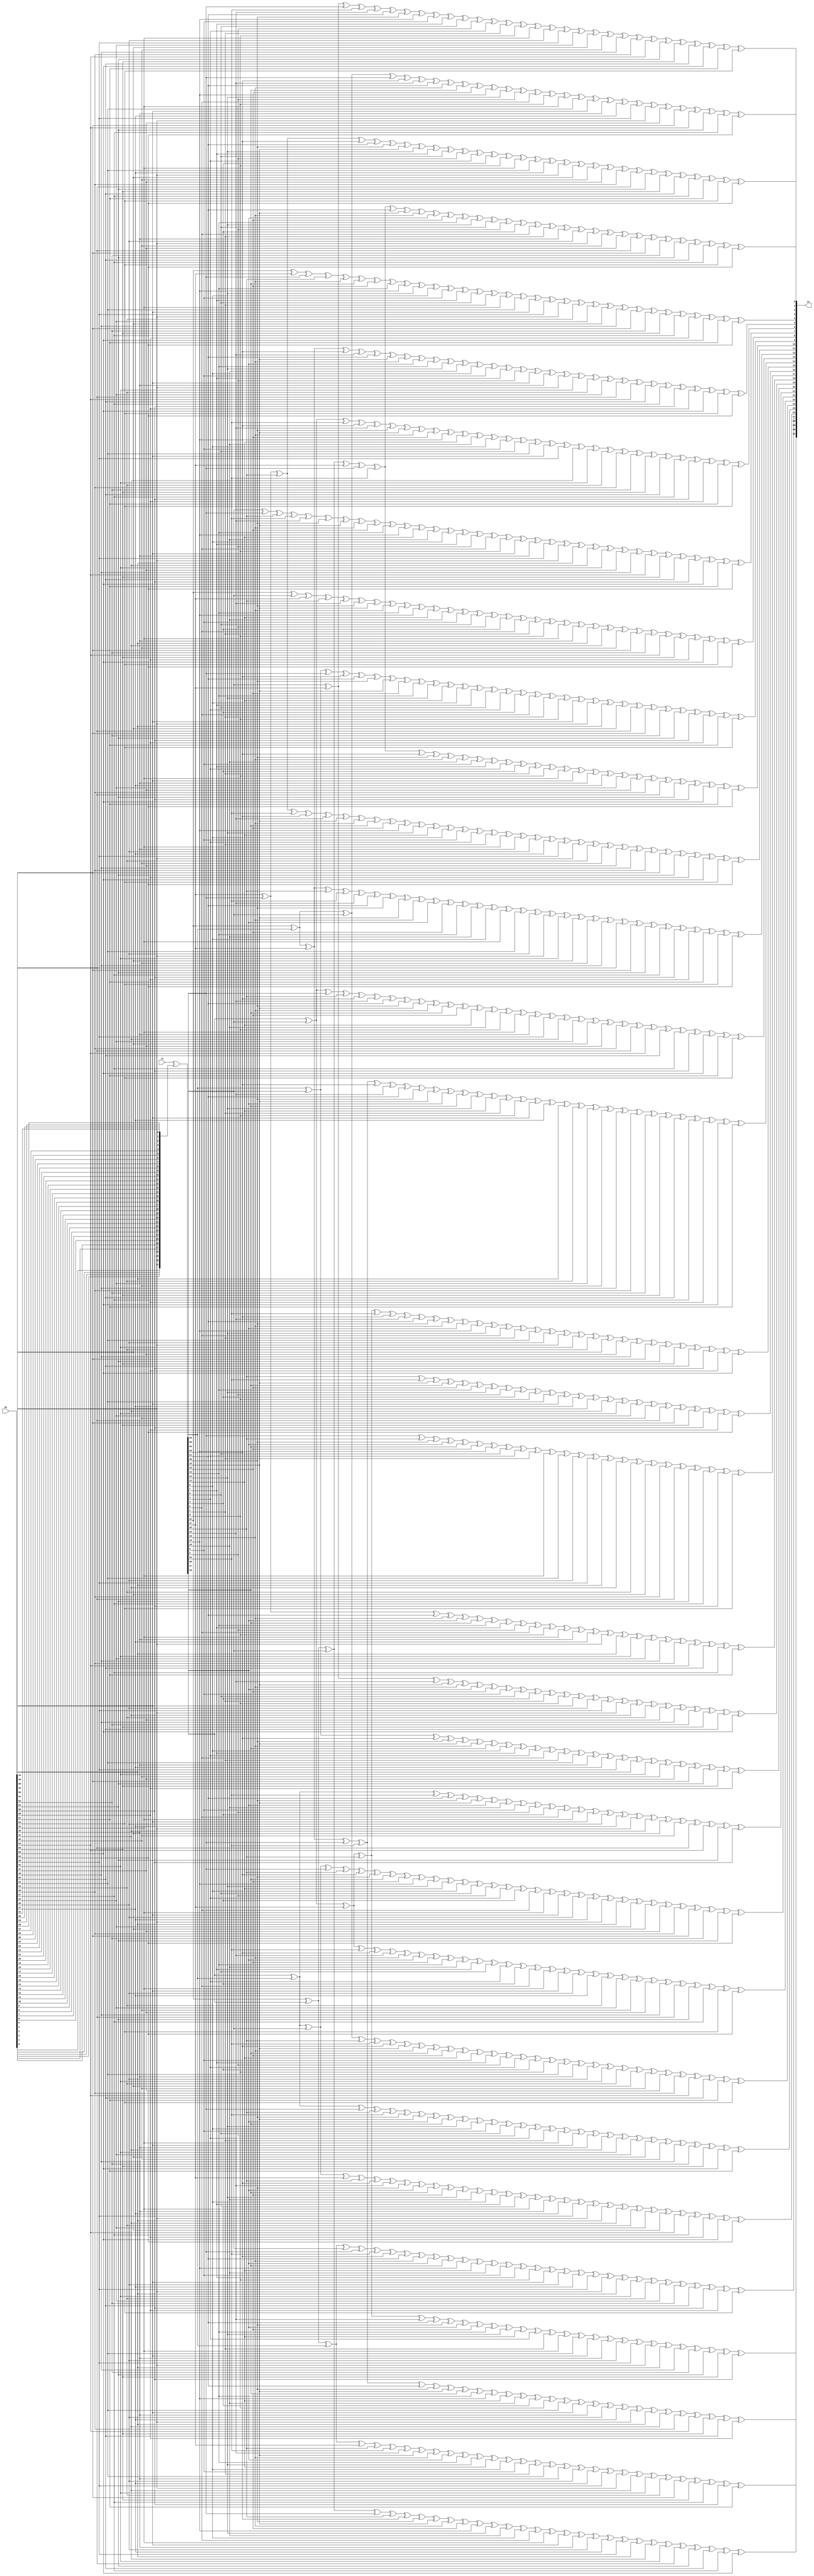
// Description  : .////////////////////////////////////////////////////////////////////////////////

module ippcrc_crc32_64b
    (
     ci,
     di,

     co
     );

////////////////////////////////////////////////////////////////////////////////
// Port declarations
input   [31:0]  ci;
input [63:0]    di;

output [31:0]   co;
    
////////////////////////////////////////////////////////////////////////////////
// Output declarations
wire [31:0]     co;

////////////////////////////////////////////////////////////////////////////////
// Parameter declarations

////////////////////////////////////////////////////////////////////////////////
// Local logic and instantiation
wire [31:0] swdi;
assign      swdi =  {di[0],di[1],di[2],di[3],di[4],di[5],di[6],di[7],di[8],di[9],di[10],di[11],di[12],di[13],di[14],di[15],
                     di[16],di[17],di[18],di[19],di[20],di[21],di[22],di[23],di[24],di[25],di[26],di[27],di[28],di[29],di[30],di[31]};


wire [31:0] dx;
assign      dx   =  ci[31:0]^swdi[31:0];

assign      co[31]=dx[30]^dx[28]^dx[27]^dx[25]^dx[22]^dx[21]^dx[20]^dx[17]^dx[15]^dx[14]^dx[12]^dx[11]^dx[4]^dx[1]^
            di[32]^di[33]^di[34]^di[35]^di[36]^di[38]^di[39]^di[40]^di[48]^di[52]^di[54]^di[55]^di[58];

assign      co[30]=dx[31]^dx[29]^dx[27]^dx[26]^dx[24]^dx[21]^dx[20]^dx[19]^dx[16]^dx[14]^dx[13]^dx[11]^dx[10]^dx[3]^dx[0]^
            di[33]^di[34]^di[35]^di[36]^di[37]^di[39]^di[40]^di[41]^di[49]^di[53]^di[55]^di[56]^di[59];

assign      co[29]=dx[31]^dx[30]^dx[28]^dx[26]^dx[25]^dx[23]^dx[20]^dx[19]^dx[18]^dx[15]^dx[13]^dx[12]^dx[10]^dx[9]^dx[2]^
            di[32]^di[34]^di[35]^di[36]^di[37]^di[38]^di[40]^di[41]^di[42]^di[50]^di[54]^di[56]^di[57]^di[60];

assign      co[28]=dx[31]^dx[30]^dx[29]^dx[27]^dx[25]^dx[24]^dx[22]^dx[19]^dx[18]^dx[17]^dx[14]^dx[12]^dx[11]^dx[9]^dx[8]^dx[1]^
            di[33]^di[35]^di[36]^di[37]^di[38]^di[39]^di[41]^di[42]^di[43]^di[51]^di[55]^di[57]^di[58]^di[61];

assign      co[27]=dx[31]^dx[30]^dx[29]^dx[28]^dx[26]^dx[24]^dx[23]^dx[21]^dx[18]^dx[17]^dx[16]^dx[13]^dx[11]^dx[10]^dx[8]^dx[7]^dx[0]^
            di[34]^di[36]^di[37]^di[38]^di[39]^di[40]^di[42]^di[43]^di[44]^di[52]^di[56]^di[58]^di[59]^di[62];

assign      co[26]=dx[30]^dx[29]^dx[28]^dx[27]^dx[25]^dx[23]^dx[22]^dx[20]^dx[17]^dx[16]^dx[15]^dx[12]^dx[10]^dx[9]^dx[7]^dx[6]^
            di[32]^di[35]^di[37]^di[38]^di[39]^di[40]^di[41]^di[43]^di[44]^di[45]^di[53]^di[57]^di[59]^di[60]^di[63];

assign      co[25]=dx[30]^dx[29]^dx[26]^dx[25]^dx[24]^dx[20]^dx[19]^dx[17]^dx[16]^dx[12]^dx[9]^dx[8]^dx[6]^dx[5]^dx[4]^dx[1]^
            di[32]^di[34]^di[35]^di[41]^di[42]^di[44]^di[45]^di[46]^di[48]^di[52]^di[55]^di[60]^di[61];

assign      co[24]=dx[31]^dx[29]^dx[28]^dx[25]^dx[24]^dx[23]^dx[19]^dx[18]^dx[16]^dx[15]^dx[11]^dx[8]^dx[7]^dx[5]^dx[4]^dx[3]^dx[0]^
            di[33]^di[35]^di[36]^di[42]^di[43]^di[45]^di[46]^di[47]^di[49]^di[53]^di[56]^di[61]^di[62];

assign      co[23]=dx[30]^dx[28]^dx[27]^dx[24]^dx[23]^dx[22]^dx[18]^dx[17]^dx[15]^dx[14]^dx[10]^dx[7]^dx[6]^dx[4]^dx[3]^dx[2]^
            di[32]^di[34]^di[36]^di[37]^di[43]^di[44]^di[46]^di[47]^di[48]^di[50]^di[54]^di[57]^di[62]^di[63];

assign      co[22]=dx[30]^dx[29]^dx[28]^dx[26]^dx[25]^dx[23]^dx[20]^dx[16]^dx[15]^dx[13]^dx[12]^dx[11]^dx[9]^dx[6]^dx[5]^dx[4]^dx[3]^dx[2]^
            di[32]^di[34]^di[36]^di[37]^di[39]^di[40]^di[44]^di[45]^di[47]^di[49]^di[51]^di[52]^di[54]^di[63];

assign      co[21]=dx[30]^dx[29]^dx[24]^dx[21]^dx[20]^dx[19]^dx[17]^dx[10]^dx[8]^dx[5]^dx[3]^dx[2]^
            di[32]^di[34]^di[36]^di[37]^di[39]^di[41]^di[45]^di[46]^di[50]^di[53]^di[54]^di[58];

assign      co[20]=dx[29]^dx[28]^dx[23]^dx[20]^dx[19]^dx[18]^dx[16]^dx[9]^dx[7]^dx[4]^dx[2]^dx[1]^
            di[33]^di[35]^di[37]^di[38]^di[40]^di[42]^di[46]^di[47]^di[51]^di[54]^di[55]^di[59];

assign      co[19]=dx[28]^dx[27]^dx[22]^dx[19]^dx[18]^dx[17]^dx[15]^dx[8]^dx[6]^dx[3]^dx[1]^dx[0]^
            di[34]^di[36]^di[38]^di[39]^di[41]^di[43]^di[47]^di[48]^di[52]^di[55]^di[56]^di[60];

assign      co[18]=dx[27]^dx[26]^dx[21]^dx[18]^dx[17]^dx[16]^dx[14]^dx[7]^dx[5]^dx[2]^dx[0]^
            di[32]^di[35]^di[37]^di[39]^di[40]^di[42]^di[44]^di[48]^di[49]^di[53]^di[56]^di[57]^di[61];

assign      co[17]=dx[26]^dx[25]^dx[20]^dx[17]^dx[16]^dx[15]^dx[13]^dx[6]^dx[4]^dx[1]^
            di[32]^di[33]^di[36]^di[38]^di[40]^di[41]^di[43]^di[45]^di[49]^di[50]^di[54]^di[57]^di[58]^di[62];

assign      co[16]=dx[25]^dx[24]^dx[19]^dx[16]^dx[15]^dx[14]^dx[12]^dx[5]^dx[3]^dx[0]^
            di[33]^di[34]^di[37]^di[39]^di[41]^di[42]^di[44]^di[46]^di[50]^di[51]^di[55]^di[58]^di[59]^di[63];

assign      co[15]=dx[30]^dx[28]^dx[27]^dx[25]^dx[24]^dx[23]^dx[22]^dx[21]^dx[20]^dx[18]^dx[17]^dx[13]^dx[12]^dx[2]^dx[1]^
            di[33]^di[36]^di[39]^di[42]^di[43]^di[45]^di[47]^di[48]^di[51]^di[54]^di[55]^di[56]^di[58]^di[59]^di[60];

assign      co[14]=dx[31]^dx[29]^dx[27]^dx[26]^dx[24]^dx[23]^dx[22]^dx[21]^dx[20]^dx[19]^dx[17]^dx[16]^dx[12]^dx[11]^dx[1]^dx[0]^
            di[34]^di[37]^di[40]^di[43]^di[44]^di[46]^di[48]^di[49]^di[52]^di[55]^di[56]^di[57]^di[59]^di[60]^di[61];

assign      co[13]=dx[30]^dx[28]^dx[26]^dx[25]^dx[23]^dx[22]^dx[21]^dx[20]^dx[19]^dx[18]^dx[16]^dx[15]^dx[11]^dx[10]^dx[0]^
            di[32]^di[35]^di[38]^di[41]^di[44]^di[45]^di[47]^di[49]^di[50]^di[53]^di[56]^di[57]^di[58]^di[60]^di[61]^di[62];

assign      co[12]=dx[31]^dx[29]^dx[27]^dx[25]^dx[24]^dx[22]^dx[21]^dx[20]^dx[19]^dx[18]^dx[17]^dx[15]^dx[14]^dx[10]^dx[9]^
            di[32]^di[33]^di[36]^di[39]^di[42]^di[45]^di[46]^di[48]^di[50]^di[51]^di[54]^di[57]^di[58]^di[59]^di[61]^di[62]^di[63];

assign      co[11]=dx[27]^dx[26]^dx[25]^dx[24]^dx[23]^dx[22]^dx[19]^dx[18]^dx[16]^dx[15]^dx[13]^dx[12]^dx[11]^dx[9]^dx[8]^dx[4]^dx[1]^
            di[32]^di[35]^di[36]^di[37]^di[38]^di[39]^di[43]^di[46]^di[47]^di[48]^di[49]^di[51]^di[54]^di[59]^di[60]^di[62]^di[63];

assign      co[10]=dx[31]^dx[30]^dx[28]^dx[27]^dx[26]^dx[24]^dx[23]^dx[20]^dx[18]^dx[10]^dx[8]^dx[7]^dx[4]^dx[3]^dx[1]^dx[0]^
            di[32]^di[34]^di[35]^di[37]^di[44]^di[47]^di[49]^di[50]^di[54]^di[58]^di[60]^di[61]^di[63];

assign      co[9]=dx[29]^dx[28]^dx[26]^dx[23]^dx[21]^dx[20]^dx[19]^dx[15]^dx[14]^dx[12]^dx[11]^dx[9]^dx[7]^dx[6]^dx[4]^dx[3]^dx[2]^dx[1]^dx[0]^
            di[34]^di[39]^di[40]^di[45]^di[50]^di[51]^di[52]^di[54]^di[58]^di[59]^di[61]^di[62];

assign      co[8]=dx[31]^dx[28]^dx[27]^dx[25]^dx[22]^dx[20]^dx[19]^dx[18]^dx[14]^dx[13]^dx[11]^dx[10]^dx[8]^dx[6]^dx[5]^dx[3]^dx[2]^dx[1]^dx[0]^
            di[32]^di[35]^di[40]^di[41]^di[46]^di[51]^di[52]^di[53]^di[55]^di[59]^di[60]^di[62]^di[63];

assign      co[7]=dx[28]^dx[26]^dx[25]^dx[24]^dx[22]^dx[20]^dx[19]^dx[18]^dx[15]^dx[14]^dx[13]^dx[11]^dx[10]^dx[9]^dx[7]^dx[5]^dx[2]^dx[0]^
            di[34]^di[35]^di[38]^di[39]^di[40]^di[41]^di[42]^di[47]^di[48]^di[53]^di[55]^di[56]^di[58]^di[60]^di[61]^di[63];

assign      co[6]=dx[30]^dx[28]^dx[24]^dx[23]^dx[22]^dx[20]^dx[19]^dx[18]^dx[15]^dx[13]^dx[11]^dx[10]^dx[9]^dx[8]^dx[6]^
            di[33]^di[34]^di[38]^di[41]^di[42]^di[43]^di[49]^di[52]^di[55]^di[56]^di[57]^di[58]^di[59]^di[61]^di[62];

assign      co[5]=dx[31]^dx[29]^dx[27]^dx[23]^dx[22]^dx[21]^dx[19]^dx[18]^dx[17]^dx[14]^dx[12]^dx[10]^dx[9]^dx[8]^dx[7]^dx[5]^
            di[34]^di[35]^di[39]^di[42]^di[43]^di[44]^di[50]^di[53]^di[56]^di[57]^di[58]^di[59]^di[60]^di[62]^di[63];

assign      co[4]=dx[31]^dx[27]^dx[26]^dx[25]^dx[18]^dx[16]^dx[15]^dx[14]^dx[13]^dx[12]^dx[9]^dx[8]^dx[7]^dx[6]^dx[1]^
            di[32]^di[33]^di[34]^di[38]^di[39]^di[43]^di[44]^di[45]^di[48]^di[51]^di[52]^di[55]^di[57]^di[59]^di[60]^di[61]^di[63];

assign      co[3]=dx[28]^dx[27]^dx[26]^dx[24]^dx[22]^dx[21]^dx[20]^dx[13]^dx[8]^dx[7]^dx[6]^dx[5]^dx[4]^dx[1]^dx[0]^
            di[32]^di[36]^di[38]^di[44]^di[45]^di[46]^di[48]^di[49]^di[53]^di[54]^di[55]^di[56]^di[60]^di[61]^di[62];

assign      co[2]=dx[27]^dx[26]^dx[25]^dx[23]^dx[21]^dx[20]^dx[19]^dx[12]^dx[7]^dx[6]^dx[5]^dx[4]^dx[3]^dx[0]^
            di[32]^di[33]^di[37]^di[39]^di[45]^di[46]^di[47]^di[49]^di[50]^di[54]^di[55]^di[56]^di[57]^di[61]^di[62]^di[63];

assign      co[1]=dx[31]^dx[30]^dx[28]^dx[27]^dx[26]^dx[24]^dx[21]^dx[19]^dx[18]^dx[17]^dx[15]^dx[14]^dx[12]^dx[6]^dx[5]^dx[3]^dx[2]^dx[1]^
            di[35]^di[36]^di[39]^di[46]^di[47]^di[50]^di[51]^di[52]^di[54]^di[56]^di[57]^di[62]^di[63];

assign      co[0]=dx[31]^dx[29]^dx[28]^dx[26]^dx[23]^dx[22]^dx[21]^dx[18]^dx[16]^dx[15]^dx[13]^dx[12]^dx[5]^dx[2]^dx[0]^
            di[32]^di[33]^di[34]^di[35]^di[37]^di[38]^di[39]^di[47]^di[51]^di[53]^di[54]^di[57]^di[63];


endmodule